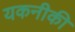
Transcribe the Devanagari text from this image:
यकनीकी